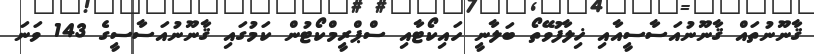
ޤާނޫނުތައް ޤާނޫނުއަސާސީއާއި ޚިލާފުވޭތޯ ބަލާނީ ހައިކޯޓާއި ސްޕްރީމްކޯޓުން ކަމުގައި ޤާނޫނުއަސާސީގެ 143 ވަނަ